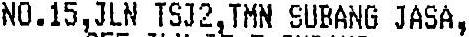
NO.15,JLN TSJ2,TMN SUBANG JASA,